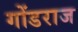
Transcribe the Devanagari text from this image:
गोंडराज